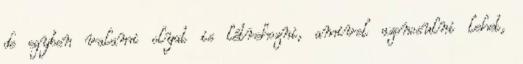
de egyben valami olyat is létrehozni, amivel azonosulni lehet,